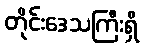
တိုင်းဒေသကြီးရှိ